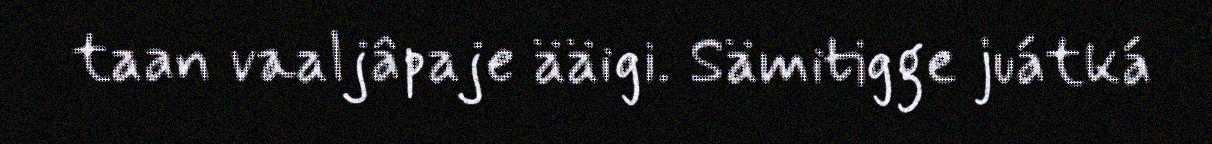
taan vaaljâpaje ääigi. Sämitigge juátká